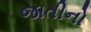
જાતીનો